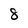
Character: 8